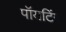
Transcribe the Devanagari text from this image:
पॉयटिंग